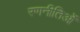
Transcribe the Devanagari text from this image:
रणनीतिओं